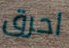
احرق